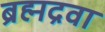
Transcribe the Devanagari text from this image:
ब्रह्मद्रवा